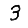
Digit: 3